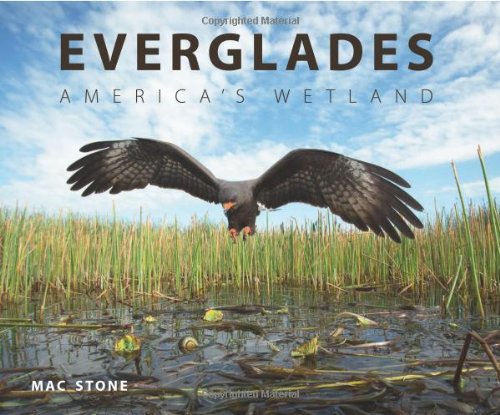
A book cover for Everglades: America's Wetland; Mac Stone; Science & Math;